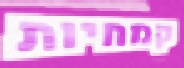
קמחיות